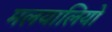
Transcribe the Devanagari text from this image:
मलयालियो